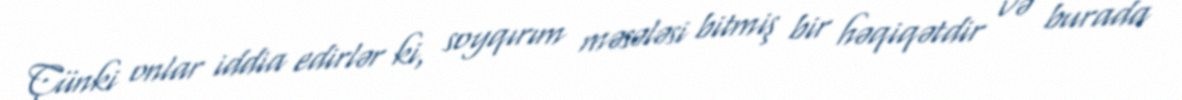
Çünki onlar iddia edirlər ki, soyqırım məsələsi bitmiş bir həqiqətdir və burada